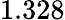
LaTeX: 1.328